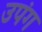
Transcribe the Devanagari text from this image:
उपंग